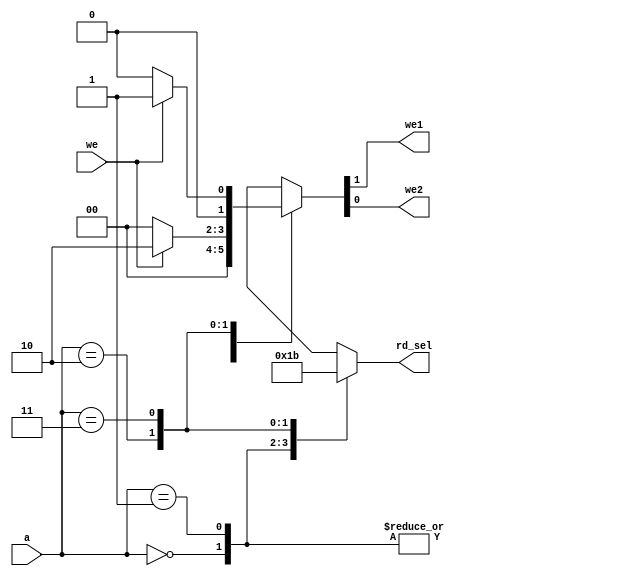
module AddressDecoderGpio(
       input wire [1:0] a,
       input wire we,
       output wire we1,
       output wire we2,
       output reg [1:0] rd_sel
   );
   
   reg [1:0] we_ctrl ;
   assign {we1, we2} = we_ctrl;

   always@(a, we) begin
       case (a)
           'h0: begin //gpI1 
                   rd_sel = 'b00; 
                   we_ctrl = 'b0_0;
                end
           'h1: begin //gpI2 
                   rd_sel = 'b01; 
                   we_ctrl = 'b0_0;
                end
           'h2: begin //gpO1 
                   rd_sel = 'b10; 
                   we_ctrl = we ? 'b1_0 : 'b0_0;
                end
           'h3: begin //gp02 
                   rd_sel = 'b11; 
                   we_ctrl = we ? 'b0_1 : 'b0_0;
                end
           default: begin 
                   rd_sel = 'b00; 
                   we_ctrl = 'b0_0; 
               end 
       endcase
   end
endmodule